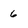
Character: 6